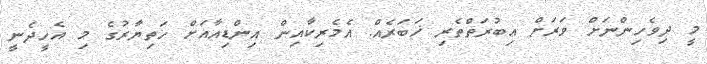
މީ ދިވެހިންނަށް ވަރަށް ޢިބުރަތްތެރި ޚަބަރެއް. އެމެރިކާއިން އިންޑިއާއަށް ހަތިޔާރުގެ މި އެހީދެނީ